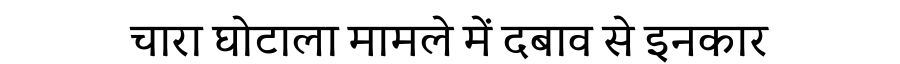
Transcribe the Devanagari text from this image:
चारा घोटाला मामले में दबाव से इनकार